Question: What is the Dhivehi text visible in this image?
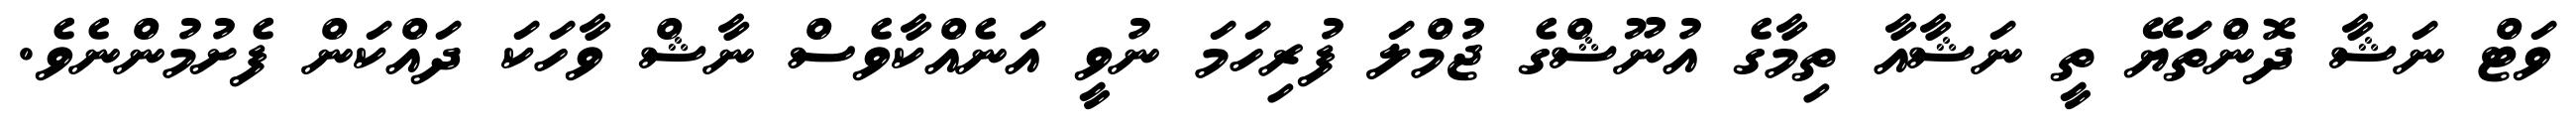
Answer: ވަޓް ނަޝާ ދޮންތަޔޭ ތީ ނަޝާއާ ތިމާގެ އުނޫޝްގެ ޖުމްލަ ފުރިހަމަ ނުވީ އަނެއްކާވެސް ނާޝް ވާހަކަ ދައްކަން ފެށުމުންނެވެ.